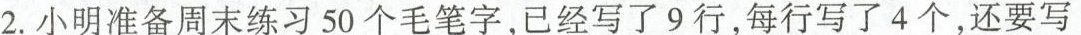
2.小明准备周末练习50个毛笔字，已经写了9行，每行写了4个，还要写